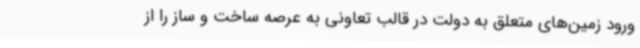
ورود زمین‌های متعلق به دولت در قالب تعاونی به عرصه ساخت و ساز را از